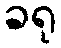
ခရု